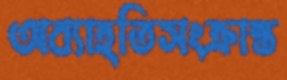
অব্যাহতিসংক্রান্ত